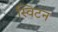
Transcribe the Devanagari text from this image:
स्विटन